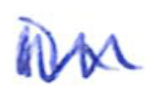
Text: in
Cross-out: zig-zag
Writing tool: ballpoint